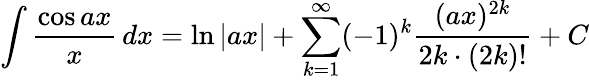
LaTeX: \int{\frac{\cos ax}{x}}\, dx=\ln|ax|+\sum_{k=1}^{\infty}(-1)^{k}{\frac{(ax)^{2k}}{2k\cdot(2k)!}}+C